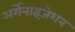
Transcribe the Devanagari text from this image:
अर्गेनाइजेशन